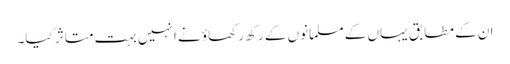
ان کے مطابق یہاں کے مسلمانوں کے رکھ رکھاؤ نے انہیں بہت متاثر کیا۔